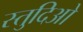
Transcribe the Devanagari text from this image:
स्तुदिओ